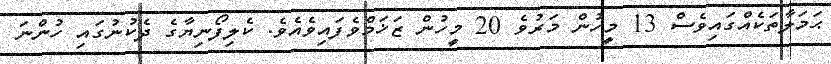
ޙަމަލާތަކެއްގައިވެސް 13 މީހުން މަރުވެ 20 މީހުން ޒަޚަމްވެފައިވެއެވެ. ކެލިފޯނިޔާގެ ދެކުނުގައި ހުންނަ